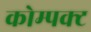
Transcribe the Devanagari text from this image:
कोम्पक्ट